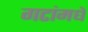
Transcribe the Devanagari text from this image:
गटांमधे